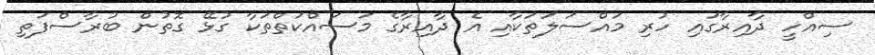
ސިއްހީ ދާއިރާގައި ހުރި މައްސަލަތަކާއި އެ ދާއިރާގެ މަސައްކަތްތަކާ ގުޅޭ ގޮތުން ބުރާސްފަތި